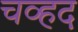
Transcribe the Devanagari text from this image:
चव्हद